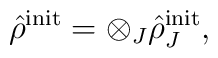
\hat{\rho}^{\mbox{\scriptsize{init}}}=\otimes _J\hat{\rho}^{\mbox{\scriptsize{init}}}_J ,